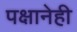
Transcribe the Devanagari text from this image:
पक्षानेही